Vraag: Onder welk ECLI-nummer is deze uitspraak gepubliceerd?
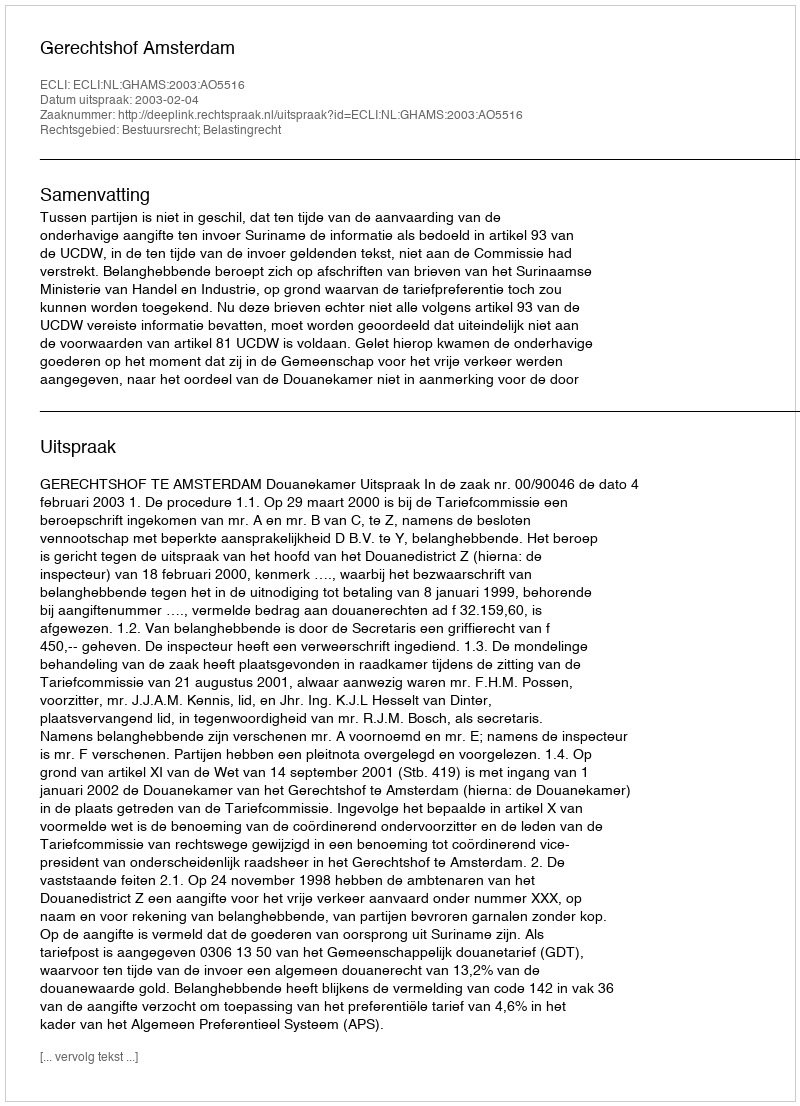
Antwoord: ECLI:NL:GHAMS:2003:AO5516